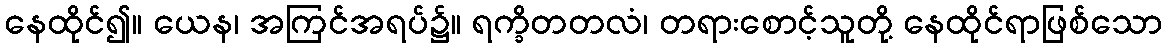
နေထိုင်၍။ ယေန၊ အကြင်အရပ်၌။ ရက္ခိတတလံ၊ တရားစောင့်သူတို့ နေထိုင်ရာဖြစ်သော